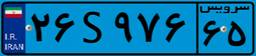
۲۴S۳۲۰۲۵